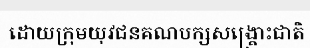
ដោយក្រុមយុវជនគណបក្សសង្គ្រោះជាតិ